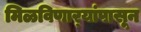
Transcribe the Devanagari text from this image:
मिळविणार्‍यांपासून